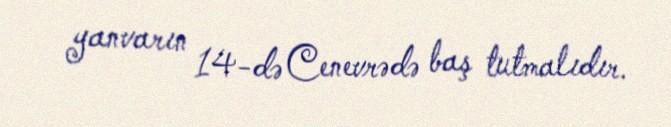
yanvarın 14-də Cenevrədə baş tutmalıdır.